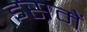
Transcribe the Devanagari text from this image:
इसमेें